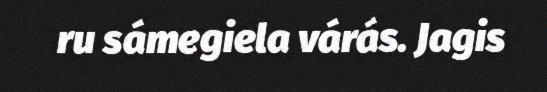
ru sámegiela várás. Jagis